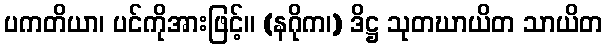
ပကတိယာ၊ ပင်ကိုအားဖြင့်။ (နဂိုက၊) ဒိဋ္ဌ သုတဃာယိတ သာယိတ